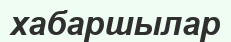
хабаршылар